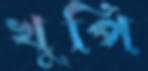
খুপি